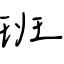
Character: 班